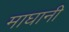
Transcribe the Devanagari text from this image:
माघानी